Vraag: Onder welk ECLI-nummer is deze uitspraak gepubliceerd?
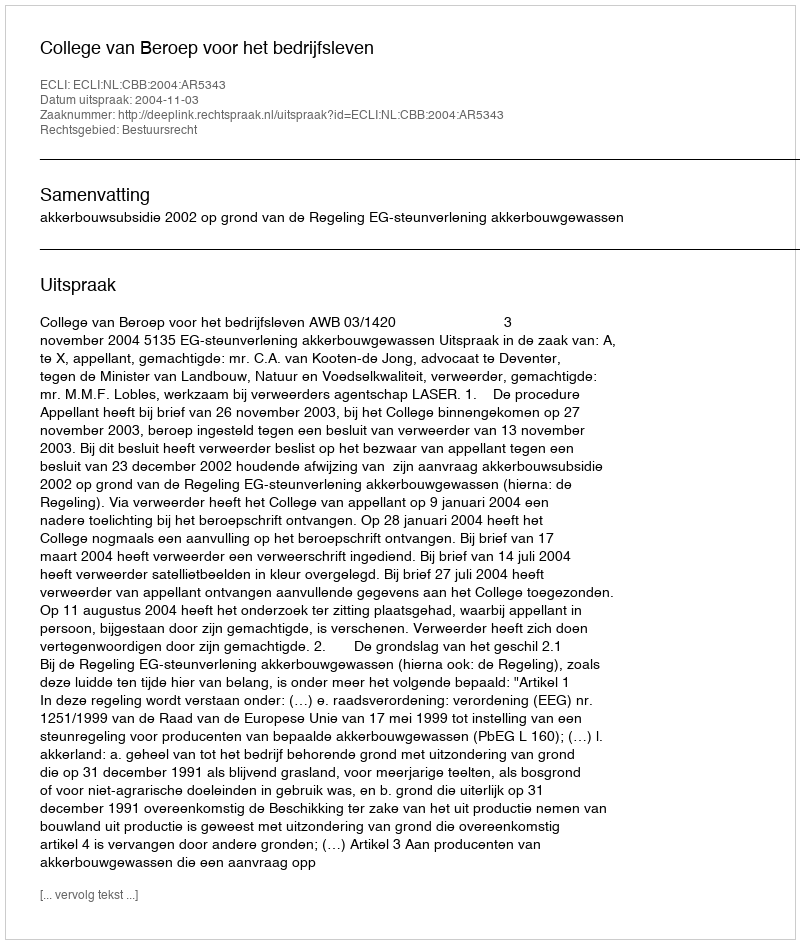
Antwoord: ECLI:NL:CBB:2004:AR5343